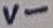
Text: V-